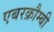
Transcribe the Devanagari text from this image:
एबरक्रौम्बी